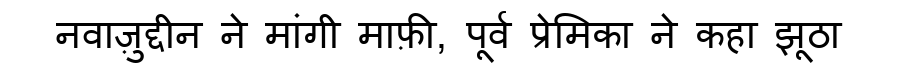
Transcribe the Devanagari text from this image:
नवाज़ुद्दीन ने मांगी माफ़ी, पूर्व प्रेमिका ने कहा झूठा